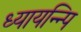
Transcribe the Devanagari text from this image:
ध्यायन्न्पि